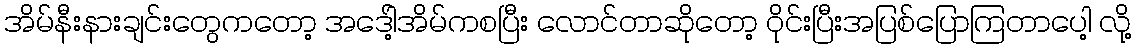
အိမ်နီးနားချင်းတွေကတော့ အဒေါ့်အိမ်ကစပြီး လောင်တာဆိုတော့ ၀ိုင်းပြီးအပြစ်ပြောကြတာပေါ့ လို့